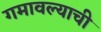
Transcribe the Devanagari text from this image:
गमावल्याची